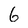
Character: 6